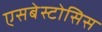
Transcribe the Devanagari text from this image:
एसबेस्टोसिस